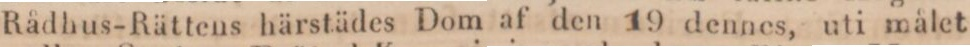
Rådhus-Rättens härstädes Dom af den 19 dennes, uti målet